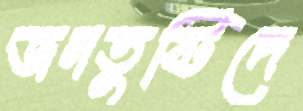
জনতুষ্টিদে